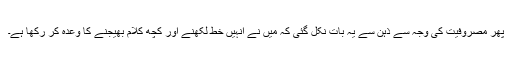
پھر مصروفیت کی وجہ سے ذہن سے یہ بات نکل گئی کہ میں نے انہیں خط لکھنے اور کچھ کلام بھیجنے کا وعدہ کر رکھا ہے۔